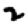
Digit: 2